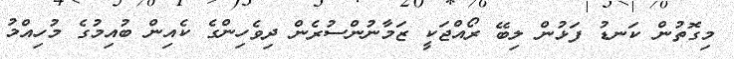
މިގޮތުން ކަނޑު ފަޅުން ލިބޭ ރޯއްޖަކީ ޒަމާނުންސުރެން ދިވެހިންގެ ކެއިން ބުއިމުގެ މުހިއްމު